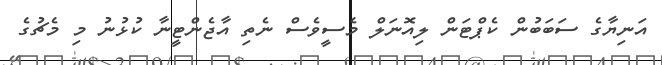
އަނިޔާގެ ސަބަބުން ކެޕްޓަން ލިއޮނަލް މެސީވެސް ނެތި އާޖެންޓީނާ ކުޅުނު މި މެޗުގެ